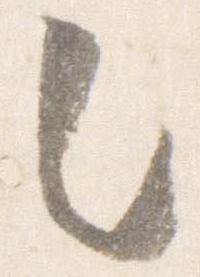
之